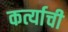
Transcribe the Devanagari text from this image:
कर्त्याची